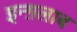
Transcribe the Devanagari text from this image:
इन्ग़लाब